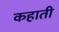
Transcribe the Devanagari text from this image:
कहाती